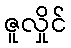
ဇူလှိုင်